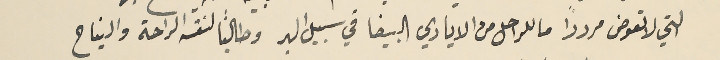
التي لا تعوض مرددًا ما للراحل من الايادي البيضا في سبيل البر وطالبًا لنفسه الراحة والنياح